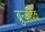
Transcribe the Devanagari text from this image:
ब्रुन्ज़विक